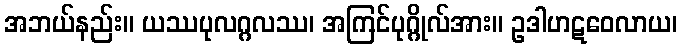
အဘယ်နည်း။ ယဿပုလဂ္ဂလဿ၊ အကြင်ပုဂ္ဂိုလ်အား။ ဥဒါဟဋဝေလာယ၊